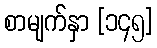
စာမျက်နှာ [၁၄၅]